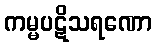
ကမ္မပဋိသရဏော